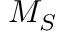
M _ { S }